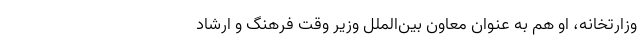
وزارتخانه، او هم به عنوان معاون بین‌الملل وزیر وقت فرهنگ و ارشاد